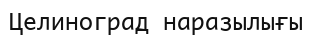
Целиноград наразылығы